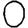
Digit: 0